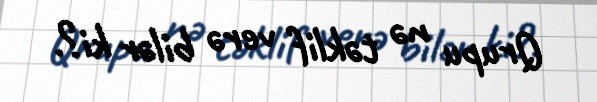
Qrupu nə təklif verə bilər ki?.